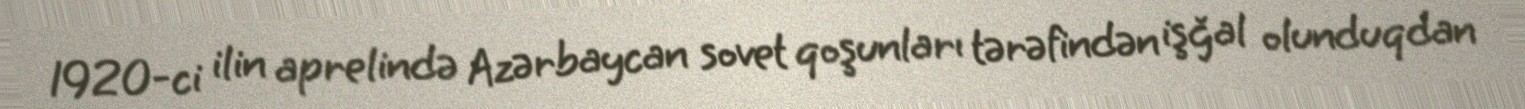
1920-ci ilin aprelində Azərbaycan sovet qoşunları tərəfindən işğal olunduqdan